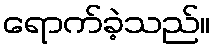
ရောက်ခဲ့သည်။